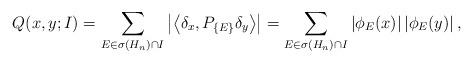
LaTeX: \begin{align*}Q(x,y;I) = \sum_{E \in \sigma(H_n) \cap I} \left| \left< \delta_x, P_{\{E\}} \delta_y \right> \right| = \sum_{E \in \sigma(H_n) \cap I} |\phi_E(x)| \, |\phi_E(y)| \, ,\end{align*}